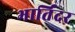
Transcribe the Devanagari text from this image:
भार्तिंदर